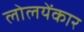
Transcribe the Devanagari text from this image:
लोलयेंकार